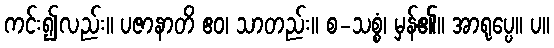
ကင်း၍လည်း။ ပဇာနာတိ ဧဝ၊ သာတည်း။ စ-သစ္စံ၊ မှန်၏။ အာရုပ္ပေ။ ပ။